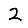
Digit: 2